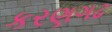
કરણગઢ